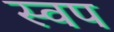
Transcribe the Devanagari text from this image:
स्वप